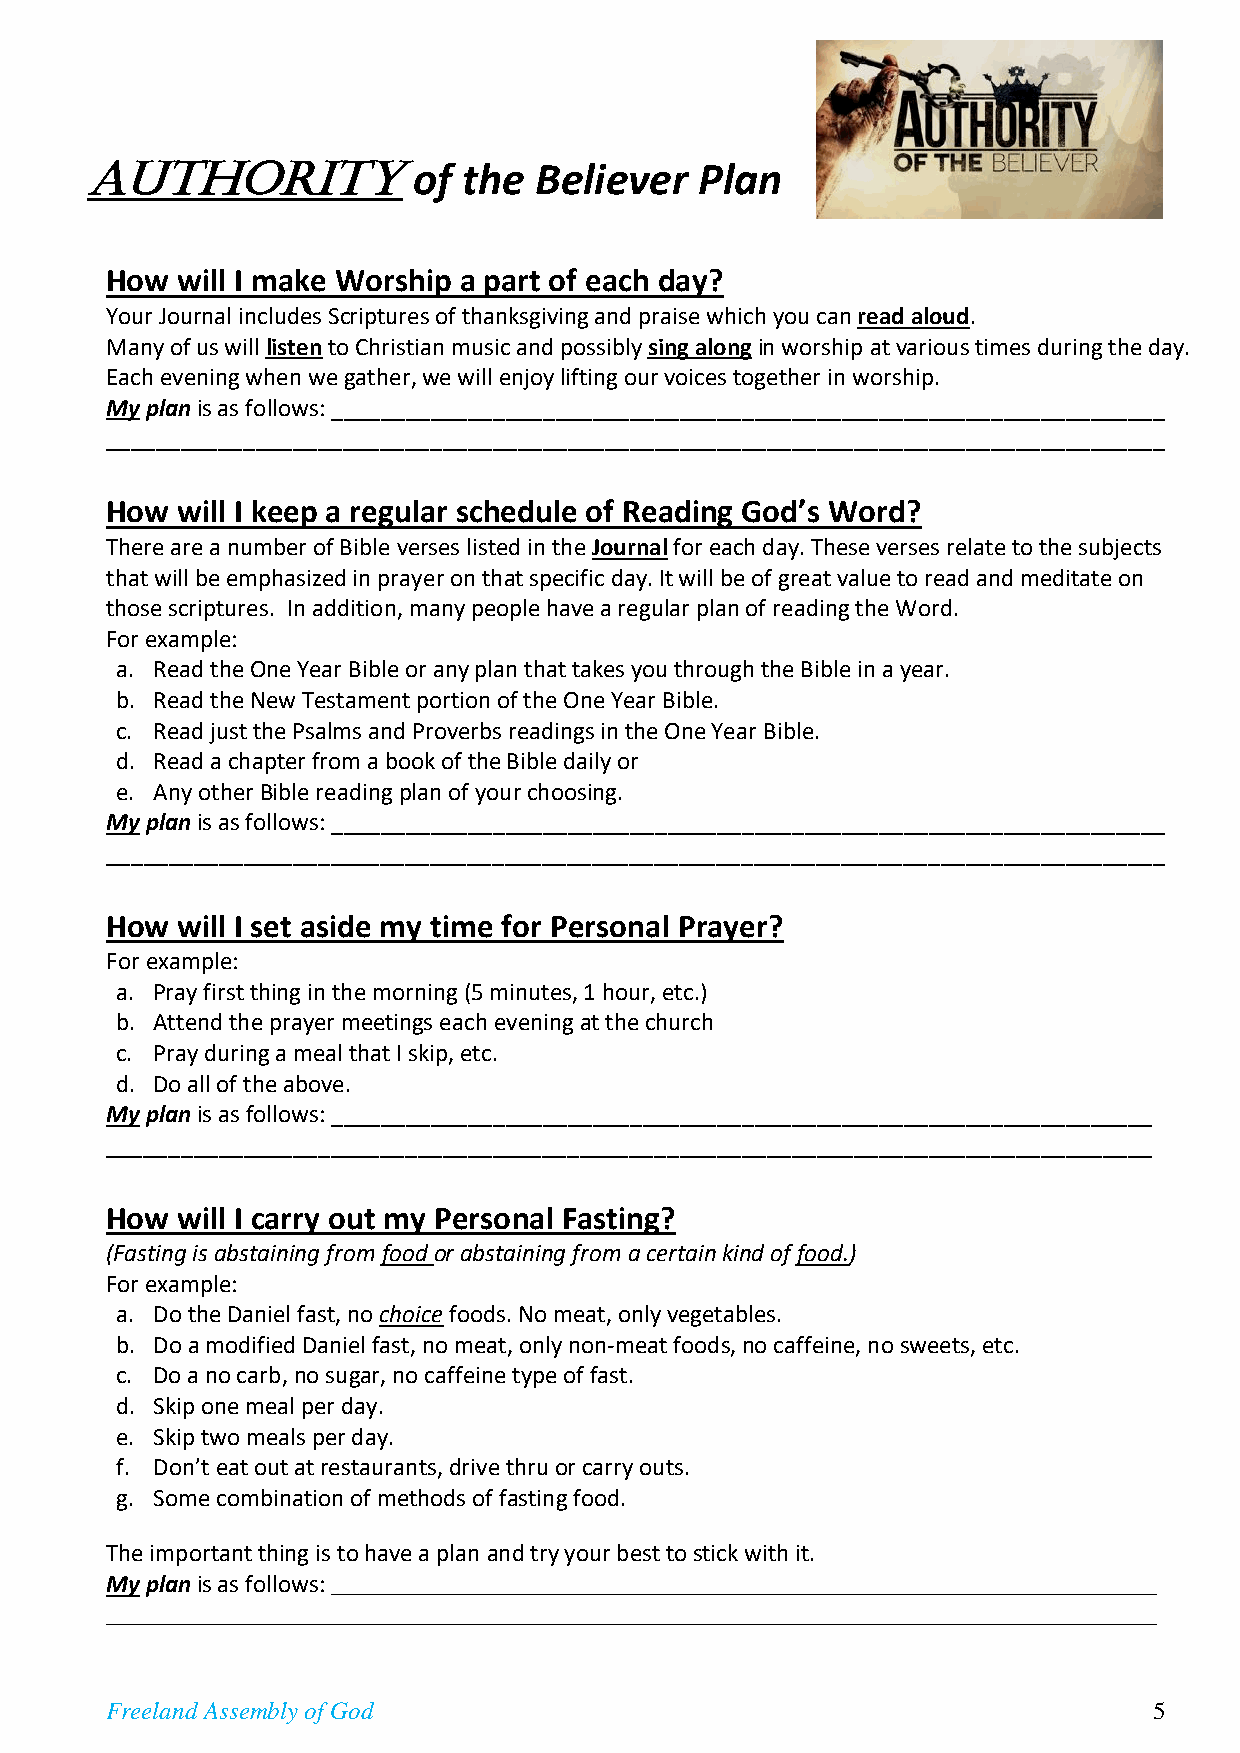
Authority
 of  the Believer   Plan
 How  will I make Worship a part of each day?
 Your Journal includes Scriptures of thanksgiving and praise which you can read aloud.
 Many of us will listen to Christian music and possibly sing along in worship at various times during the day.
 Each evening when we gather, we will enjoy lifting our voices together in worship.
 My plan is as follows: ___________________________________________________________________
 _____________________________________________________________________________________
 How  will I keep a regular schedule of Reading God’s Word?
 There are a number of Bible verses listed in the Journal for each day. These verses relate to the subjects
 that will be emphasized in prayer on that specific day. It will be of great value to read and meditate on
 those scriptures. In addition, many people have a regular plan of reading the Word.
 For example:
 a. Read the One Year Bible or any plan that takes you through the Bible in a year.
 b. Read the New Testament portion of the One Year Bible.
 c. Read just the Psalms and Proverbs readings in the One Year Bible.
 d. Read a chapter from a book of the Bible daily or
 e. Any other Bible reading plan of your choosing.
 My plan is as follows: ___________________________________________________________________
 _____________________________________________________________________________________
 How  will I set aside my time for Personal Prayer?
 For example:
 a. Pray first thing in the morning (5 minutes, 1 hour, etc.)
 b. Attend the prayer meetings each evening at the church
 c. Pray during a meal that I skip, etc.
 d. Do all of the above.
 My plan is as follows: __________________________________________________________________
 ____________________________________________________________________________________
 How  will I carry out my Personal Fasting?
 (Fasting is abstaining from food or abstaining from a certain kind of food.)
 For example:
 a. Do the Daniel fast, no choice foods. No meat, only vegetables.
 b. Do a modified Daniel fast, no meat, only non-meat foods, no caffeine, no sweets, etc.
 c. Do a no carb, no sugar, no caffeine type of fast.
 d. Skip one meal per day.
 e. Skip two meals per day.
 f. Don’t eat out at restaurants, drive thru or carry outs.
 g. Some combination of methods of fasting food.
 The important thing is to have a plan and try your best to stick with it.
 My plan is as follows: __________________________________________________________________
 ____________________________________________________________________________________
 Freeland Assembly of God                                             5